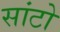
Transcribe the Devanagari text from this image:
सांटो